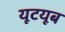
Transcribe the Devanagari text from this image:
यूटयूब